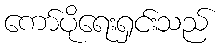
ကော်ပိုရေးရှင်းသည်